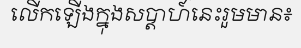
លើកឡើងក្នុងសប្តាហ៍នេះរួមមាន៖